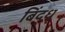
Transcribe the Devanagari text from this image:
बिंद्धू